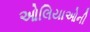
ઓલિયાઓની